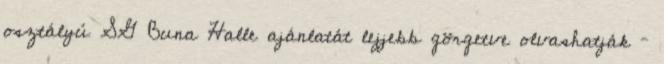
osztályú SG Buna Halle ajánlatát lejjebb görgetve olvashatják –